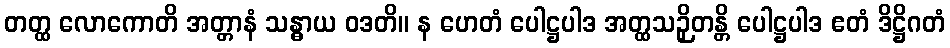
တတ္ထ လောကောတိ အတ္တာနံ သန္ဓာယ ဝဒတိ။ န ဟေတံ ပေါဋ္ဌပါဒ အတ္ထသဉှိတန္တိ ပေါဋ္ဌပါဒ ဧတံ ဒိဋ္ဌိဂတံ